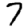
Digit: 7